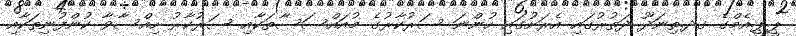
ޕީ.ޕީ.އެމްގެ ގދ.ތިނަދޫ ދަތުރުގައި އެރަށުގައި ހުންނަ ސަރުކާރުގެ މުއައްސަސާތަކާއި ސަރުކާރު ހިއްސާވާ ކުންފުނިތަކާއި